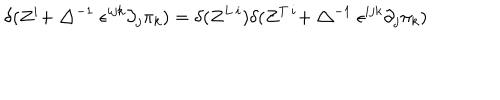
\delta ( Z ^ { i } + \bigtriangleup ^ { - 1 } \epsilon ^ { i j k } \partial _ { j } \pi _ { k } ) = \delta ( Z ^ { L \, i } ) \delta ( Z ^ { T \, i } + \bigtriangleup ^ { - 1 } \epsilon ^ { i j k } \partial _ { j } \pi _ { k } )